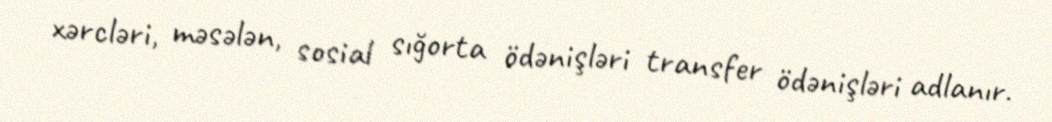
xərcləri, məsələn, sosial sığorta ödənişləri transfer ödənişləri adlanır.